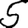
Digit: 5